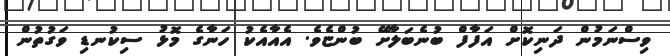
ވިސްނަމުން ދަނިކޮށް އަފާފް ބުނެބަލާށޭ ބުންޏެވެ. އެއާއެކު ހަނާގެ މޮޅު ސިކުނޑި ވަގުތުން